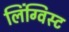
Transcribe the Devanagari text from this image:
लिंग्विस्ट